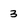
Character: 3